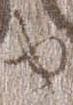
由